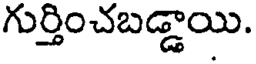
గుర్తించబడ్డాయి.